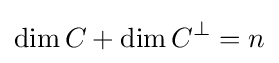
\dim C+\dim C^{\perp }=n